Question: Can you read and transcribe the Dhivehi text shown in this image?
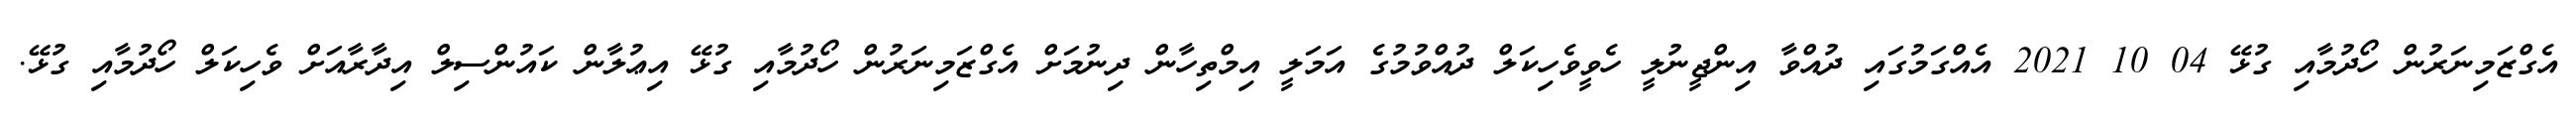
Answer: އެގްޒަމިނަރުން ހޯދުމާއި ގުޅޭ 04 10 2021 އެއްގަމުގައި ދުއްވާ އިންޖީނުލީ ހެވީވެހިކަލް ދުއްވުމުގެ އަމަލީ އިމްތިހާން ދިނުމަށް އެގްޒަމިނަރުން ހޯދުމާއި ގުޅޭ އިޢުލާން ކައުންސިލް އިދާރާއަށް ވެހިކަލް ހޯދުމާއި ގުޅޭ.